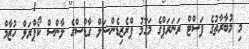
މި މުބާރާތުގެ ފަސްޓް ރަނަރަޕްގެ މަގާމު ޕްރެޒިޑެންޝަލް ގާޑްސްގެ ލާންސް ކޯޕްރަލް ހުޒާމް